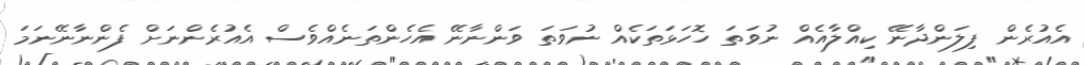
އެއުރެން ފިލަންދާނޭ ކިއްލާއެއް ނުވަތަ ހޮހަޅަތަކެއް ނުވަތަ ވަންނާނޭ އެހެންތަނެއްވެސް އެއުރެންނަށް ފެންނާނޭނަމަ